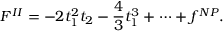
{ \cal F } ^ { I I } = - 2 t _ { 1 } ^ { 2 } t _ { 2 } - \frac { 4 } { 3 } t _ { 1 } ^ { 3 } + \dots + f ^ { N P } .